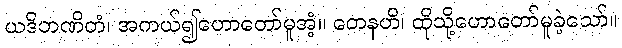
ယဒိဘဏိတံ၊ အကယ်၍ဟောတော်မူအံ့။ တေနဟိ၊ ထိုသို့ဟောတော်မူခဲ့သော်။